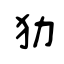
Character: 狕